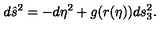
d \hat { s } ^ { 2 } = - d \eta ^ { 2 } + g ( r ( \eta ) ) d s _ { 3 } ^ { 2 } .